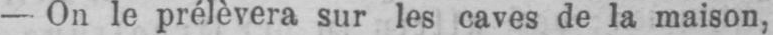
- On le prélèvera sur les caves de la maison,